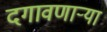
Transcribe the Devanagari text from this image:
दगावणाऱ्या